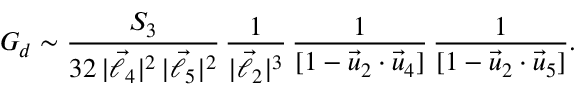
{ \cal G } _ { d } \sim { \frac { { \cal S } _ { 3 } } { 3 2 \, | \vec { \ell } _ { 4 } | ^ { 2 } \, | \vec { \ell } _ { 5 } | ^ { 2 } } } \, { \frac { 1 } { | \vec { \ell } _ { 2 } | ^ { 3 } } } \, { \frac { 1 } { [ 1 - \vec { u } _ { 2 } \cdot \vec { u } _ { 4 } ] } } \, { \frac { 1 } { [ 1 - \vec { u } _ { 2 } \cdot \vec { u } _ { 5 } ] } } .